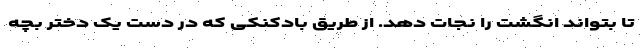
تا بتواند انگشت را نجات دهد. از طریق بادکنکی که در دست یک دختر بچه